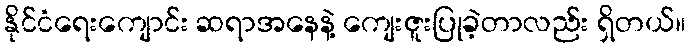
နိုင်ငံရေးကျောင်း ဆရာအနေနဲ့ ကျေးဇူးပြုခဲ့တာလည်း ရှိတယ်။